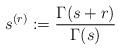
LaTeX: \begin{align*}s^{(r)} := \frac{\Gamma(s+r)}{\Gamma(s)}\end{align*}